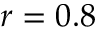
r = 0 . 8